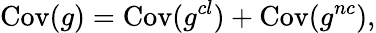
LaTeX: \mathrm{Cov}(g)=\mathrm{Cov}(g^{cl})+\mathrm{Cov}(g^{nc}),